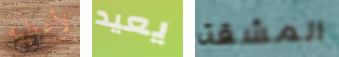
لأعطيه يعيد المشقة